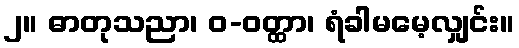
၂။ ဓာတုသညာ၊ ဝ-ဝတ္ထာ၊ ရံခါမမေ့လျှင်း။